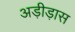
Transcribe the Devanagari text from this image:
अड़ीड़ास